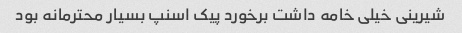
شیرینی خیلی خامه داشت برخورد پیک اسنپ بسیار محترمانه بود